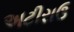
અટીરાઉ